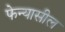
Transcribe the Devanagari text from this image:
फेन्यासील